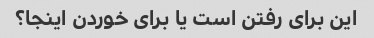
این برای رفتن است یا برای خوردن اینجا؟